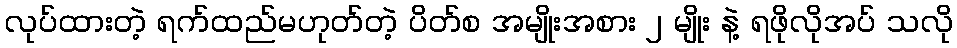
လုပ်ထားတဲ့ ရက်ထည်မဟုတ်တဲ့ ပိတ်စ အမျိုးအစား ၂ မျိုး နဲ့ ရဖိုလိုအပ် သလို